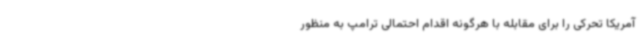
آمریکا تحرکی را برای مقابله با هرگونه اقدام احتمالی ترامپ به منظور